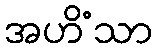
အဟိံသာ